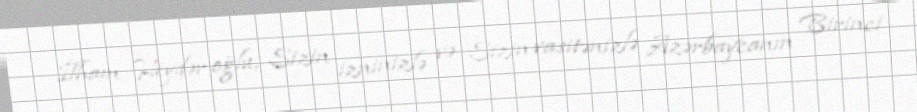
İlham Heydər oğlu, Sizin izninizlə və Sizin vasitənizlə Azərbaycanın Birinci